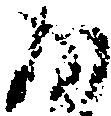
か